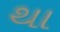
થા